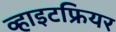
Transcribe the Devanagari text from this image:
व्हाइटफ्रियर